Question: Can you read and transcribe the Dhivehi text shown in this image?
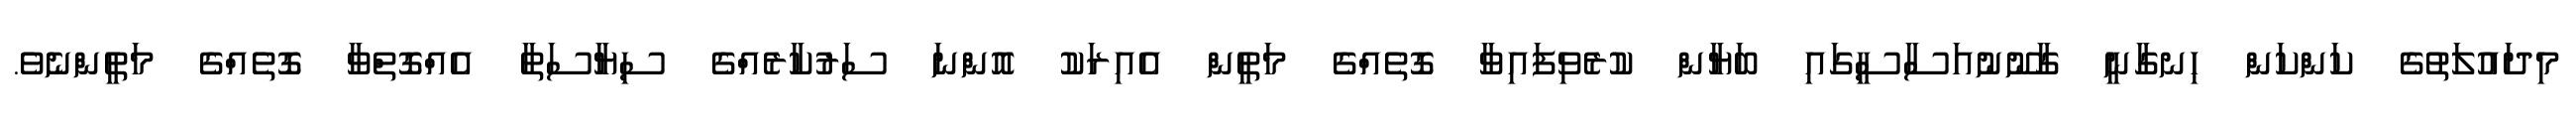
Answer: މިދައުލަތުގެ ކަންކަން ހިނގާނީ ގާނޫނުއަސާސީގައި ބަޔާން ކުރެވިފައިވާ ގޮތެއްގެ މަތީން އެއިރަކު އޮންނަ ސަރުކާރެއްގެ ސިޔާސަތާ އެއްގޮތްވާ ގޮތެއްގެ މަތީންނެވެ.